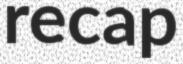
recap